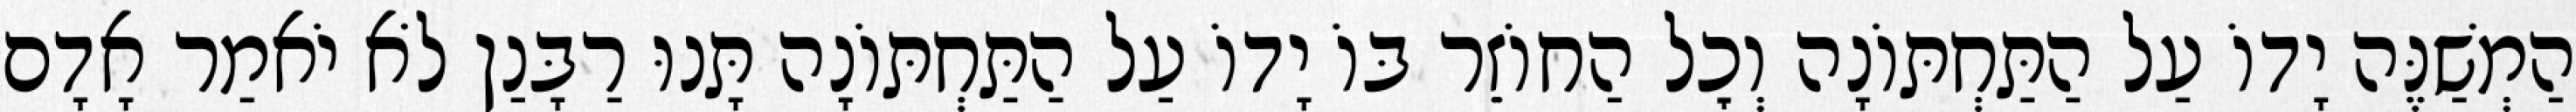
הַמְשַׁנֶּה יָדוֹ עַל הַתַּחְתּוֹנָה וְכׇל הַחוֹזֵר בּוֹ יָדוֹ עַל הַתַּחְתּוֹנָה תָּנוּ רַבָּנַן לֹא יֹאמַר אָדָם